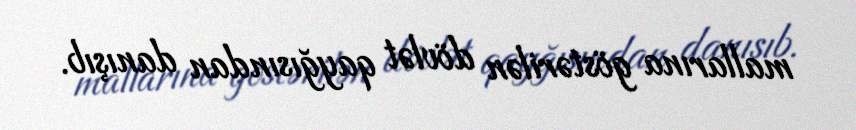
mallarına göstərilən dövlət qayğısından danışıb.